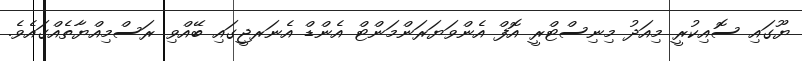
ޔޫގައި ސޮއިކުރީ މިއަދު މިނިސްޓްރީ އޮފް އެންވަޔަރަންމަންޓް އެންޑް އެނަރޖީގައި ބޭއްވި ރަސްމިއްޔާތެއްގައެވެ.